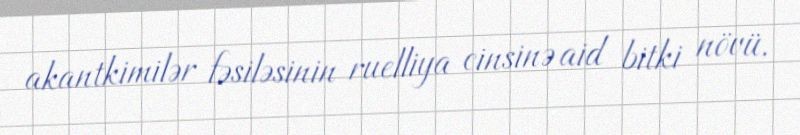
akantkimilər fəsiləsinin ruelliya cinsinə aid bitki növü.